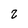
Character: 2